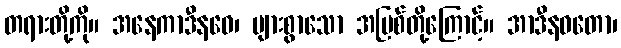
တရားတို့ကို။ အနေကာဒီနဝေ၊ များစွာသော အပြစ်တို့ကြောင့်။ အာဒီနဝတော၊